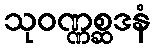
သုဝဏ္ဏစ္ဆဒနံ